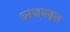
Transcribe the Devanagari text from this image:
ध्नंजयकृत